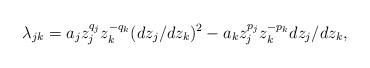
LaTeX: \begin{align*}\lambda_{jk} = a_jz_j^{q_j}z_k^{-q_k} (dz_j/dz_k)^2 - a_k z_j^{p_j}z_k^{-p_k}dz_j/dz_k,\end{align*}